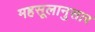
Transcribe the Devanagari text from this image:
महसूलानुसार